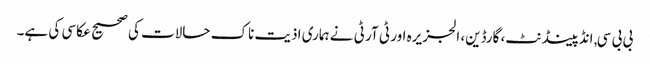
بی بی سی, انڈپینڈنٹ، گارڈین، الجزیرہ اور ٹی آر ٹی نے ہماری اذیت ناک حالات کی صحیح عکاسی کی ہے۔